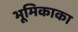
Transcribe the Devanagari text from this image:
भूमिकाका